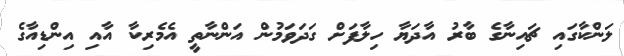
ލަންކާގައި ޗައިނާގެ ބާރު އާދަޔާ ހިލާފަށް ގަދަވަމުން އަންނާތީ އެމެރިކާ އާއި އިންޑިއާގެ